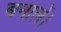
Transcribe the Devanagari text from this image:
बनालें।